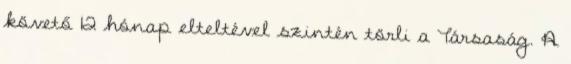
követő 12 hónap elteltével szintén törli a Társaság. A